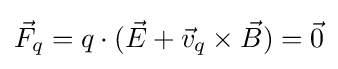
{\vec {F}}_{q}=q\cdot ({\vec {E}}+{\vec {v}}_{q}\times {\vec {B}})={\vec {0}}